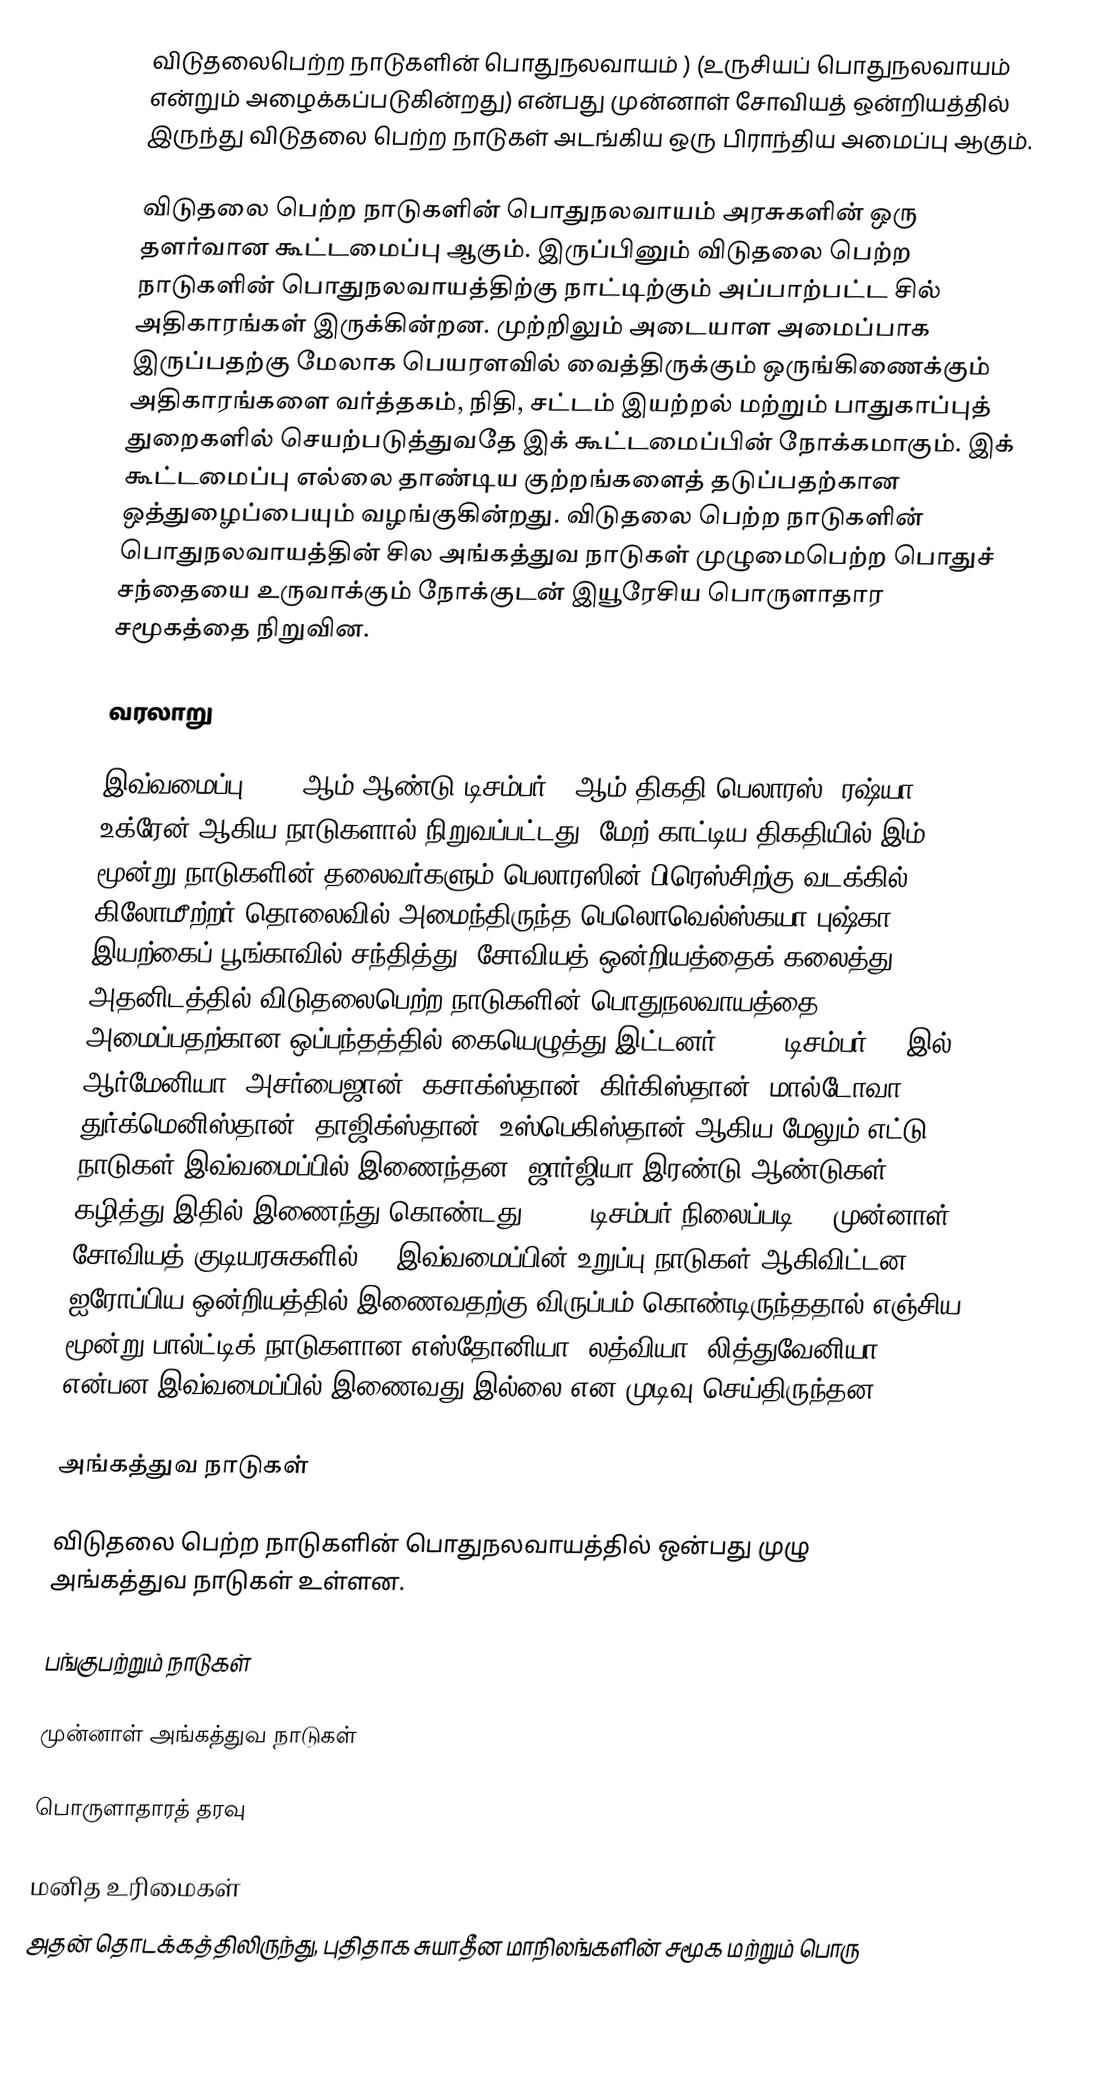
விடுதலைபெற்ற நாடுகளின் பொதுநலவாயம் ) (உருசியப் பொதுநலவாயம் என்றும் அழைக்கப்படுகின்றது) என்பது முன்னாள் சோவியத் ஒன்றியத்தில் இருந்து விடுதலை பெற்ற நாடுகள் அடங்கிய ஒரு பிராந்திய அமைப்பு ஆகும்.

விடுதலை பெற்ற நாடுகளின் பொதுநலவாயம் அரசுகளின் ஒரு தளர்வான கூட்டமைப்பு ஆகும். இருப்பினும் விடுதலை பெற்ற நாடுகளின் பொதுநலவாயத்திற்கு நாட்டிற்கும் அப்பாற்பட்ட சில் அதிகாரங்கள் இருக்கின்றன. முற்றிலும் அடையாள அமைப்பாக இருப்பதற்கு மேலாக பெயரளவில் வைத்திருக்கும் ஒருங்கிணைக்கும் அதிகாரங்களை வர்த்தகம், நிதி, சட்டம் இயற்றல் மற்றும் பாதுகாப்புத் துறைகளில் செயற்படுத்துவதே இக் கூட்டமைப்பின் நோக்கமாகும். இக் கூட்டமைப்பு எல்லை தாண்டிய குற்றங்களைத் தடுப்பதற்கான ஒத்துழைப்பையும் வழங்குகின்றது. விடுதலை பெற்ற நாடுகளின் பொதுநலவாயத்தின் சில அங்கத்துவ நாடுகள் முழுமைபெற்ற பொதுச் சந்தையை உருவாக்கும் நோக்குடன் இயூரேசிய பொருளாதார சமூகத்தை நிறுவின.

வரலாறு

இவ்வமைப்பு 1991 ஆம் ஆண்டு டிசம்பர் 8 ஆம் திகதி பெலாரஸ், ரஷ்யா, உக்ரேன் ஆகிய நாடுகளால் நிறுவப்பட்டது. மேற் காட்டிய திகதியில் இம் மூன்று நாடுகளின் தலைவர்களும் பெலாரஸின் பிரெஸ்சிற்கு வடக்கில் 50 கிலோமீற்றர் தொலைவில் அமைந்திருந்த பெலொவெல்ஸ்கயா புஷ்கா இயற்கைப் பூங்காவில் சந்தித்து, சோவியத் ஒன்றியத்தைக் கலைத்து, அதனிடத்தில் விடுதலைபெற்ற நாடுகளின் பொதுநலவாயத்தை அமைப்பதற்கான ஒப்பந்தத்தில் கையெழுத்து இட்டனர். 1991 டிசம்பர் 21 இல், ஆர்மேனியா, அசர்பைஜான், கசாக்ஸ்தான், கிர்கிஸ்தான், மால்டோவா, துர்க்மெனிஸ்தான், தாஜிக்ஸ்தான், உஸ்பெகிஸ்தான் ஆகிய மேலும் எட்டு நாடுகள் இவ்வமைப்பில் இணைந்தன. ஜார்ஜியா இரண்டு ஆண்டுகள் கழித்து இதில் இணைந்து கொண்டது. 1993 டிசம்பர் நிலைப்படி 15 முன்னாள் சோவியத் குடியரசுகளில் 12 இவ்வமைப்பின் உறுப்பு நாடுகள் ஆகிவிட்டன. ஐரோப்பிய ஒன்றியத்தில் இணைவதற்கு விருப்பம் கொண்டிருந்ததால் எஞ்சிய மூன்று பால்ட்டிக் நாடுகளான எஸ்தோனியா, லத்வியா, லித்துவேனியா என்பன இவ்வமைப்பில் இணைவது இல்லை என முடிவு செய்திருந்தன.

அங்கத்துவ நாடுகள்

விடுதலை பெற்ற நாடுகளின் பொதுநலவாயத்தில் ஒன்பது முழு அங்கத்துவ நாடுகள் உள்ளன.

பங்குபற்றும் நாடுகள்

முன்னாள் அங்கத்துவ நாடுகள்

பொருளாதாரத் தரவு

மனித உரிமைகள்
அதன் தொடக்கத்திலிருந்து, புதிதாக சுயாதீன மாநிலங்களின் சமூக மற்றும் பொரு